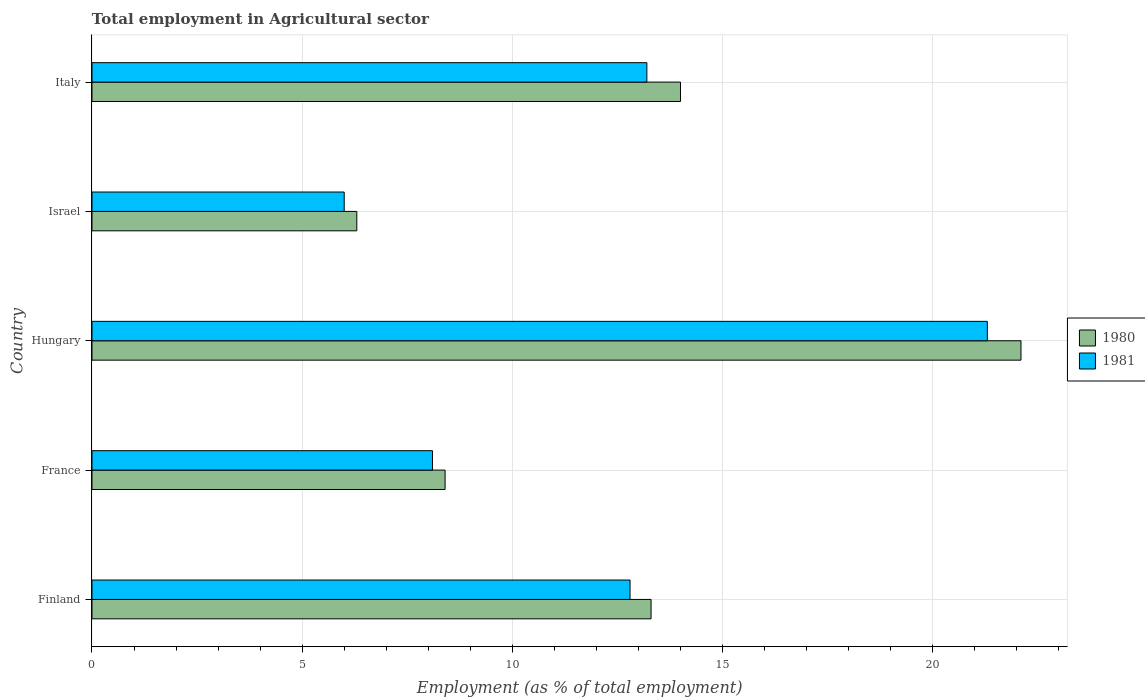
| Country | 1980 | 1981 |
 | --- | --- | --- |
 | Finland | 13.3 | 12.8 |
 | France | 8.4 | 8.1 |
 | Hungary | 22.1 | 21.3 |
 | Israel | 6.3 | 6 |
 | Italy | 14 | 13.2 |